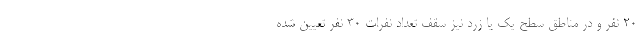
۲۰ نفر و در مناطق سطح یک یا زرد نیز سقف تعداد نفرات ۳۰ نفر تعیین شده